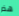
هذر